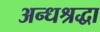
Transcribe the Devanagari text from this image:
अन्धश्रद्धा